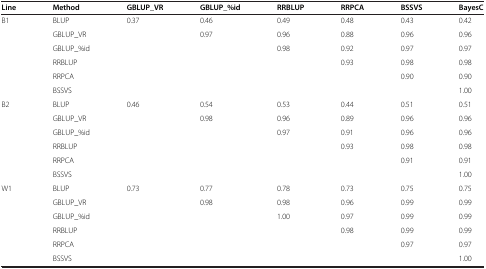
<table><thead><tr><td><b>Line</b></td><td><b>Method</b></td><td><b>GBLUP_VR</b></td><td><b>GBLUP_%id</b></td><td><b>RRBLUP</b></td><td><b>RRPCA</b></td><td><b>BSSVS</b></td><td><b>BayesC</b></td></tr></thead><tbody><tr><td>B1</td><td>BLUP</td><td>0.37</td><td>0.46</td><td>0.49</td><td>0.48</td><td>0.43</td><td>0.42</td></tr><tr><td></td><td>GBLUP_VR</td><td></td><td>0.97</td><td>0.96</td><td>0.88</td><td>0.96</td><td>0.96</td></tr><tr><td></td><td>GBLUP_%id</td><td></td><td></td><td>0.98</td><td>0.92</td><td>0.97</td><td>0.97</td></tr><tr><td></td><td>RRBLUP</td><td></td><td></td><td></td><td>0.93</td><td>0.98</td><td>0.98</td></tr><tr><td></td><td>RRPCA</td><td></td><td></td><td></td><td></td><td>0.90</td><td>0.90</td></tr><tr><td></td><td>BSSVS</td><td></td><td></td><td></td><td></td><td></td><td>1.00</td></tr><tr><td>B2</td><td>BLUP</td><td>0.46</td><td>0.54</td><td>0.53</td><td>0.44</td><td>0.51</td><td>0.51</td></tr><tr><td></td><td>GBLUP_VR</td><td></td><td>0.98</td><td>0.96</td><td>0.89</td><td>0.96</td><td>0.96</td></tr><tr><td></td><td>GBLUP_%id</td><td></td><td></td><td>0.97</td><td>0.91</td><td>0.96</td><td>0.96</td></tr><tr><td></td><td>RRBLUP</td><td></td><td></td><td></td><td>0.93</td><td>0.98</td><td>0.98</td></tr><tr><td></td><td>RRPCA</td><td></td><td></td><td></td><td></td><td>0.91</td><td>0.91</td></tr><tr><td></td><td>BSSVS</td><td></td><td></td><td></td><td></td><td></td><td>1.00</td></tr><tr><td>W1</td><td>BLUP</td><td>0.73</td><td>0.77</td><td>0.78</td><td>0.73</td><td>0.75</td><td>0.75</td></tr><tr><td></td><td>GBLUP_VR</td><td></td><td>0.98</td><td>0.98</td><td>0.96</td><td>0.99</td><td>0.99</td></tr><tr><td></td><td>GBLUP_%id</td><td></td><td></td><td>1.00</td><td>0.97</td><td>0.99</td><td>0.99</td></tr><tr><td></td><td>RRBLUP</td><td></td><td></td><td></td><td>0.98</td><td>0.99</td><td>0.99</td></tr><tr><td></td><td>RRPCA</td><td></td><td></td><td></td><td></td><td>0.97</td><td>0.97</td></tr><tr><td></td><td>BSSVS</td><td></td><td></td><td></td><td></td><td></td><td>1.00</td></tr></tbody></table>